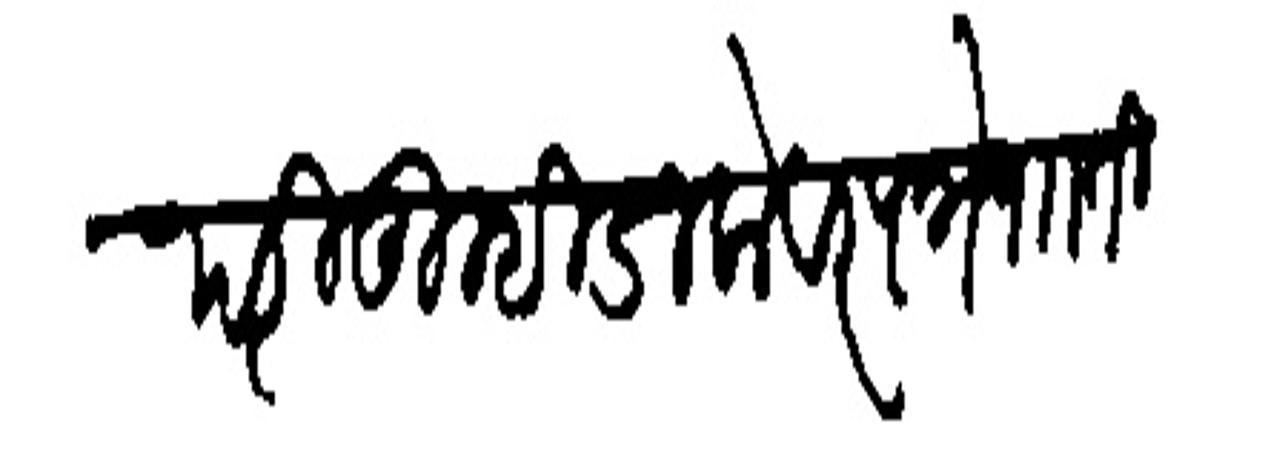
Transliteration (Devanagari): उपरि तुम्ही डाकेवर पत्रे पाा ती